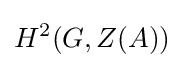
H^{2}(G,Z(A))